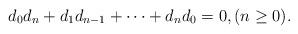
LaTeX: \begin{align*}d_0d_n+d_1d_{n-1}+\cdots+d_nd_0=0, (n\ge 0).\end{align*}